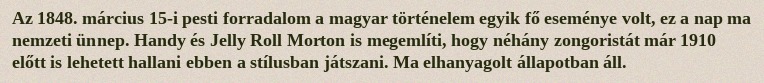
Az 1848. március 15-i pesti forradalom a magyar történelem egyik fő eseménye volt, ez a nap ma nemzeti ünnep. Handy és Jelly Roll Morton is megemlíti, hogy néhány zongoristát már 1910 előtt is lehetett hallani ebben a stílusban játszani. Ma elhanyagolt állapotban áll.